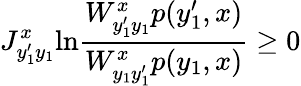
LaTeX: J_{y_{1}^{\prime}y_{1}}^{x}\mathrm{ln}\frac{W_{y_{1}^{\prime}y_{1}}^{x}p(y_{1}^{\prime},x)}{W_{y_{1}y_{1}^{\prime}}^{x}p(y_{1},x)}\geq 0